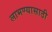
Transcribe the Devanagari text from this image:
लाभण्यासाठी